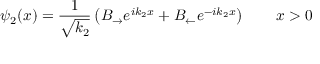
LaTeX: \psi _ { 2 } ( x ) = { \frac { 1 } { \sqrt { k _ { 2 } } } } \left( B _ { \rightarrow } e ^ { i k _ { 2 } x } + B _ { \leftarrow } e ^ { - i k _ { 2 } x } \right) \qquad x > 0